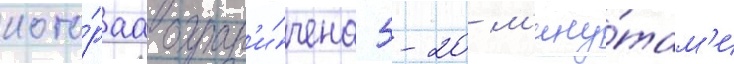
кото́раа огран'и́чена 5-20 м'ину́там'и